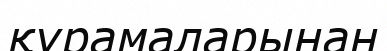
құрамаларынан